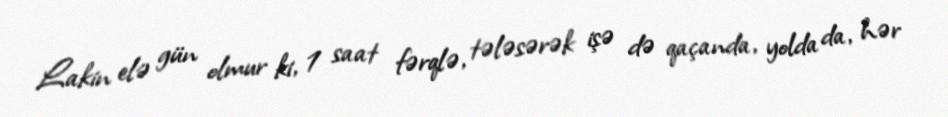
Lakin elə gün olmur ki, 1 saat fərqlə, tələsərək işə də qaçanda, yolda da, hər